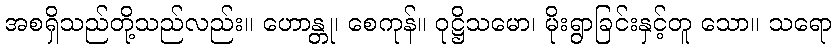
အစရှိသည်တို့သည်လည်း။ ဟောန္တု၊ စေကုန်။ ဝုဋ္ဌိသမော၊ မိုးရွာခြင်းနှင့်တူ သော။ သရော